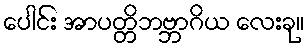
ပေါင်း အာပတ္တိဘဗ္ဘာဂိယ လေးခု။